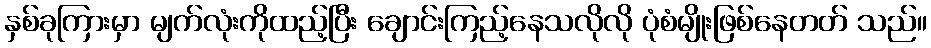
နှစ်ခုကြားမှာ မျက်လုံးကိုထည့်ပြီး ချောင်းကြည့်နေသလိုလို ပုံစံမျိုးဖြစ်နေတတ် သည်။